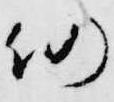
仍